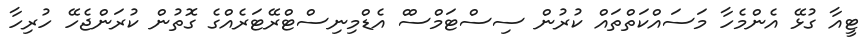
ޓީއާ ގުޅޭ އެންމެހާ މަސައްކަތްތައް ކުރުން ސިސްޓަމްސްް އެޑްމިނިސްޓްރޭޓަރެއްގެ ގޮތުން ކުރަންޖެހޭ ހުރިހާ